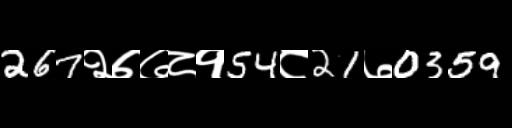
Text: 267२७७८१54८21७0359